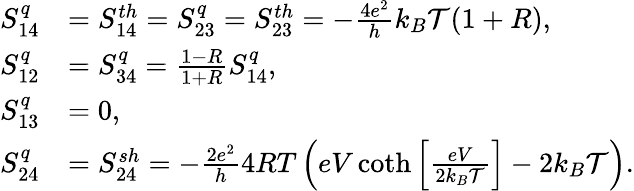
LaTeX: \begin{array}{rl}{S_{14}^{q}}&{={S_{14}^{th}}=S_{23}^{q}={S_{23}^{th}}=-\frac{4e^{2}}{h}k_{B}\mathcal{T}(1+R),}\\ {S_{12}^{q}}&{=S_{34}^{q}=\frac{1-R}{1+R}S_{14}^{q},}\\ {S_{13}^{q}}&{=0,}\\ {S_{24}^{q}}&{={S_{24}^{sh}}=-\frac{2e^{2}}{h}4RT\left(eV\coth\left[\frac{eV}{2k_{B}\mathcal{T}}\right]-2k_{B}\mathcal{T}\right).}\end{array}